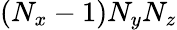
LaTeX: (N_{x}-1)N_{y}N_{z}